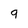
Character: 9